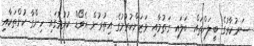
ސަރުކާރުގެ ބީލަންތައް ބަލައި ގަތުމާއި ވަޒަންކުރުމުގެ އިތުރުން އެވޯޑް ކުރުމުގައި ހިންގާ ކުށްތަކާއި